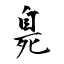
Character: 臰